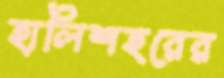
হালিশহরের